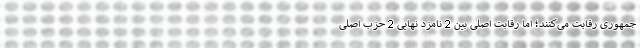
جمهوری رقابت می‌کنند؛ اما رقابت اصلی بین 2 نامزد نهایی 2 حزب اصلی